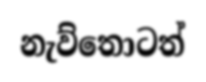
නැව්තොටත්